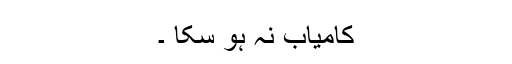
کامیاب نہ ہو سکا ۔